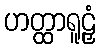
ဟတ္ထာရူဠှံ